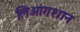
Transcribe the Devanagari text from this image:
लिआंगशान